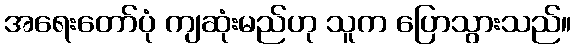
အရေးတော်ပုံ ကျဆုံးမည်ဟု သူက ပြောသွားသည်။